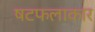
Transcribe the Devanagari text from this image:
षटफलाकार